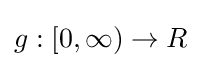
g:[0,\infty )\rightarrow R